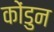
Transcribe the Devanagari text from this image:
कोंडुन